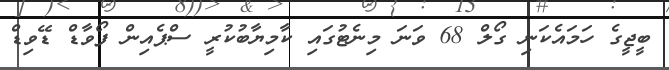
ބީޖީގެ ހަމައެކަނި ގޯލް 68 ވަނަ މިނެޓުގައި ކާމިޔާބުކުރީ ސްޕެއިން ފޯވާޑް ޑޭވިޑް